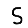
Digit: 5